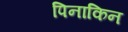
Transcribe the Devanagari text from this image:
पिनाकिन